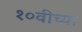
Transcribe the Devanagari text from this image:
१०वीच्या